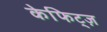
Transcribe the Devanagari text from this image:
केफिट्ज़